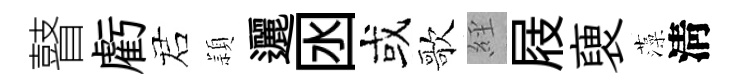
瞽虧诺頴邐囦或歌𦀇屐褏藻淸